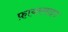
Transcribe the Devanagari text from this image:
फ़ायरसाइड